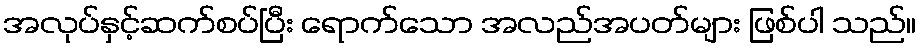
အလုပ်နှင့်ဆက်စပ်ပြီး ရောက်သော အလည်အပတ်များ ဖြစ်ပါ သည်။